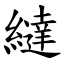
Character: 繨